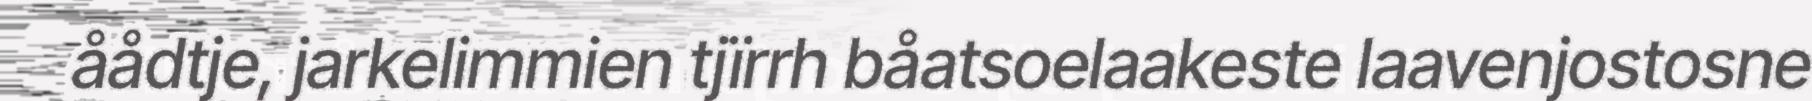
åådtje, jarkelimmien tjïrrh båatsoelaakeste laavenjostosne